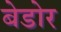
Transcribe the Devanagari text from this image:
बेडोर